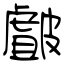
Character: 皻